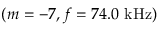
( m = - 7 , f = 7 4 . 0 \ \mathrm { k H z } )